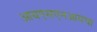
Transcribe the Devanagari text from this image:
आयएसएनआयचा